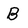
Character: B